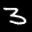
Label: 3